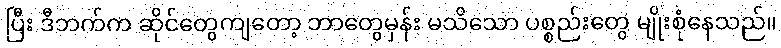
ပြီး ဒီဘက်က ဆိုင်တွေကျတော့ ဘာတွေမှန်း မသိသော ပစ္စည်းတွေ မျိုးစုံနေသည်။